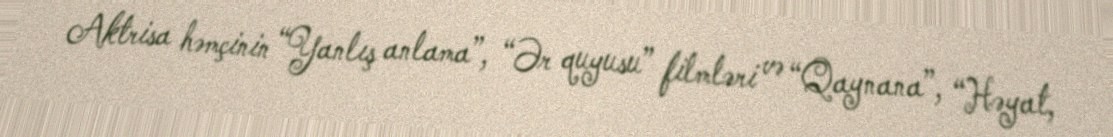
Aktrisa həmçinin “Yanlış anlama”, “Ər quyusu” filmləri və “Qaynana”, “Həyat,